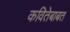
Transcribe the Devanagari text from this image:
कवितेबाबत